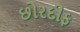
છોરદીફ